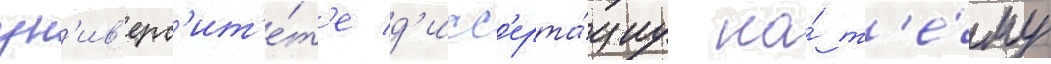
ун'ив'ерс'ит'е́т'е д'исс'ерта́циу на́ т'е́му